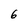
Character: 6